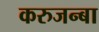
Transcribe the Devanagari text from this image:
करुजन्बा